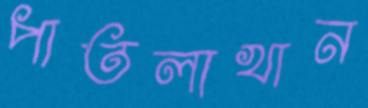
পাতলাখান